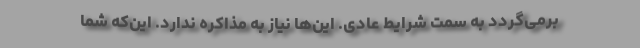
برمی‌گردد به سمت شرایط عادی. این‌ها نیاز به مذاکره ندارد. این‌که شما